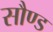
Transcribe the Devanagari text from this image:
सौण्ड